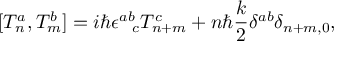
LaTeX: ~ [ T _ { n } ^ { a } , T _ { m } ^ { b } ] = i \hbar \epsilon _ { \ \ c } ^ { a b } T _ { n + m } ^ { c } + n \hbar \frac { k } { 2 } \delta ^ { a b } \delta _ { n + m , 0 } ,